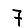
Digit: 7